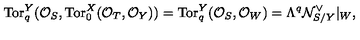
\mathrm { T o r } _ { q } ^ { Y } ( { \cal O } _ { S } , \mathrm { T o r } _ { 0 } ^ { X } ( { \cal O } _ { T } , { \cal O } _ { Y } ) ) = \mathrm { T o r } _ { q } ^ { Y } ( { \cal O } _ { S } , { \cal O } _ { W } ) = \Lambda ^ { q } { \cal N } _ { S / Y } ^ { \vee } | _ { W } ,